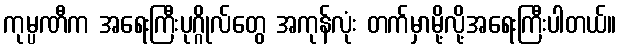
ကုမ္ပဏီက အရေးကြီးပုဂ္ဂိုလ်တွေ အကုန်လုံး တက်မှာမို့လို့အရေးကြီးပါတယ်။